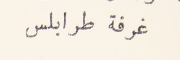
غرفة طرابلس